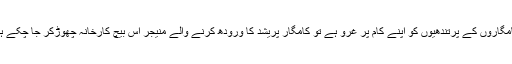
"کامگاروں کے پرتندھیوں کو اپنے کام پر غرو ہے تو کامگار پریشد کا ورودھ کرنے والے منیجر اس بیچ کارخانہ چھوڑکر جا چکے ہیں۔